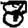
Digit: 8